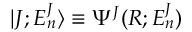
| J ; E _ { n } ^ { J } \rangle \equiv \Psi ^ { J } ( R ; E _ { n } ^ { J } )